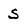
Character: S